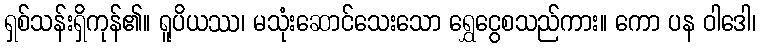
ရှစ်သန်းရှိကုန်၏။ ရူပိယဿ၊ မသုံးဆောင်သေးသော ရွှေငွေစသည်ကား။ ကော ပန ဝါဒေါ၊